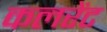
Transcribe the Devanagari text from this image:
कलरेंट